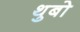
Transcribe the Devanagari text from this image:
थुबो